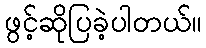
ဖွင့်ဆိုပြခဲ့ပါတယ်။